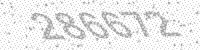
Solution: 286672